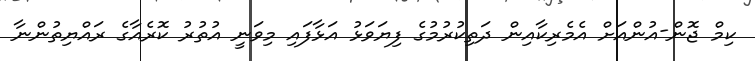
ކިމް ޖޮން-އުންއަށް އެމެރިކާއިން ދަތިކުރުމުގެ ފިޔަވަޅު އަޅާފައި މިވަނީ އުތުރު ކޮރެއާގެ ރައްޔިތުންނާ